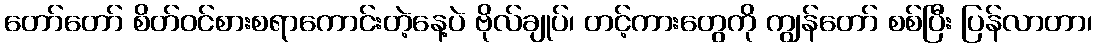
တော်တော် စိတ်ဝင်စားစရာကောင်းတဲ့နေ့ပဲ ဗိုလ်ချုပ်၊ တင့်ကားတွေကို ကျွန်တော် စစ်ပြီး ပြန်လာတာ၊